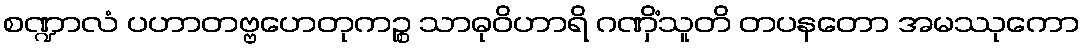
စဏ္ဍာလံ ပဟာတဗ္ဗဟေတုကဉ္စ သာဓုဝိဟာရိ ဂဏှိံသူတိ တပနတော အမဿုကော